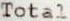
TOTAL